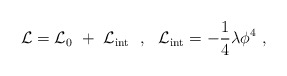
\begin{align*}{\cal L}={\cal L}_0\ +\ {\cal L}_{\rm int}\ \ ,\ \ {\cal L}_{\rm int}=-\frac{1}{4}\lambda\phi^4\ ,\end{align*}